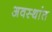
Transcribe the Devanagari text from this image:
अवस्थांत